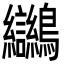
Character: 𪈮